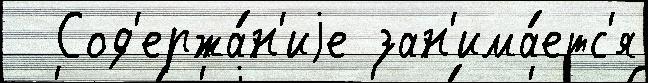
  Сод'ержа́н'иjе зан'има́етс'я